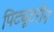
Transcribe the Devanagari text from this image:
पिट्यूटरीन